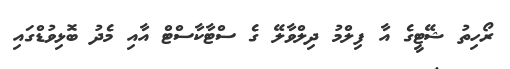
ރޯހިތު ޝޭޓީގެ އާ ފިލްމު ދިލްވާލޭ ގެ ސްޓާކާސްޓް އާއި މެދު ބޮޅިވުޑްގައި